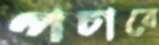
পচাবে